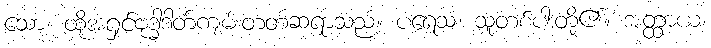
သော၊ ထိုအရှင်ဗုဒ္ဓါဒါတ်ကျမ်းတတ်ဆရာသည်။ ပရေသံ၊ သူတစ်ပါးတို့၏။ အတ္ထာယ၊